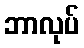
ဘာလုပ်